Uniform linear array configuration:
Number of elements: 24
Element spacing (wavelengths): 0.75
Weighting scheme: exponential
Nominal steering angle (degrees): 60
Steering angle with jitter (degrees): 58.041
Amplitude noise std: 0.05
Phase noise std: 0.05

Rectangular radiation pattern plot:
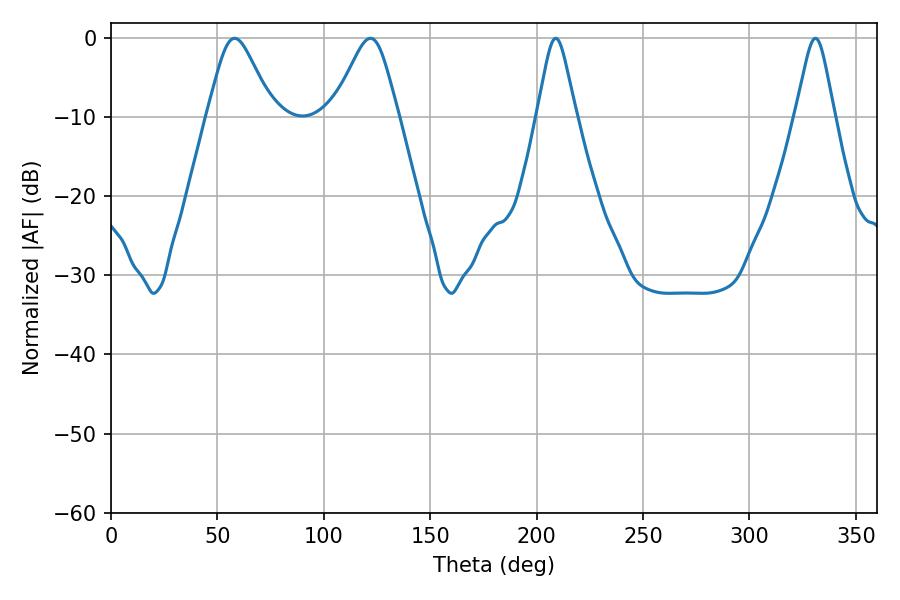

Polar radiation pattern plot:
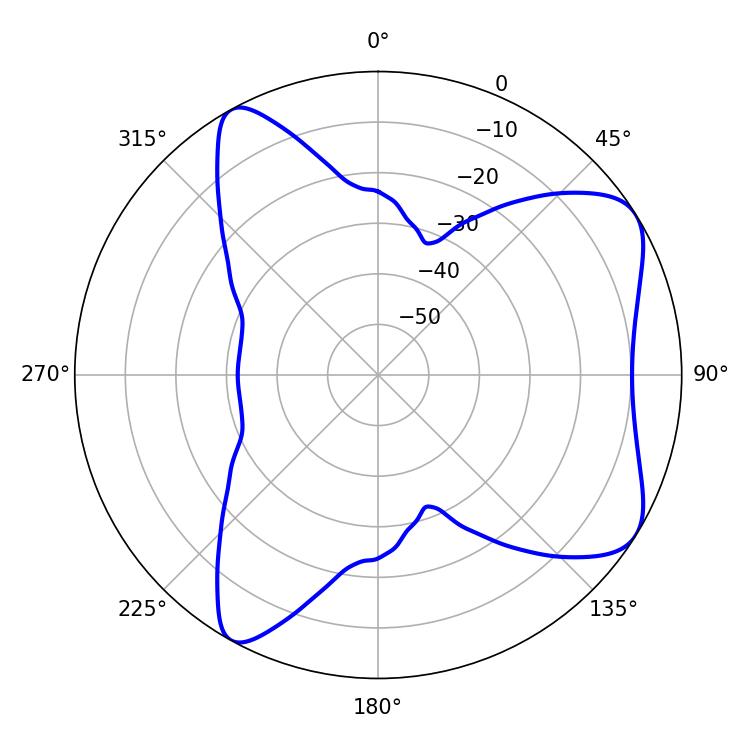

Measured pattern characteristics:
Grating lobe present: TRUE
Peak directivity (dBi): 7.11
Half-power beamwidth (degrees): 8.82
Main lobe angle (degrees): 208.98